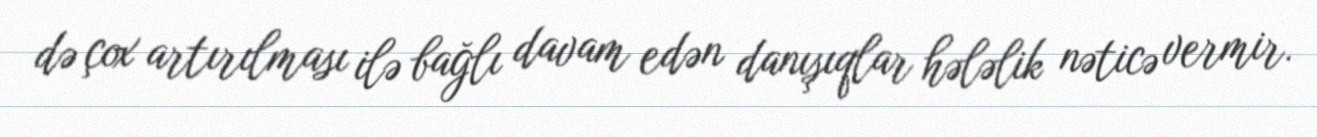
də çox artırılması ilə bağlı davam edən danışıqlar hələlik nəticə vermir.